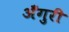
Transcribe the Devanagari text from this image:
अँगुरी